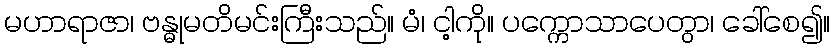
မဟာရာဇာ၊ ဗန္ဓုမတိမင်းကြီးသည်။ မံ၊ ငါ့ကို။ ပက္ကောသာပေတွာ၊ ခေါ်စေ၍။